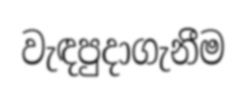
වැඳපුදාගැනීම